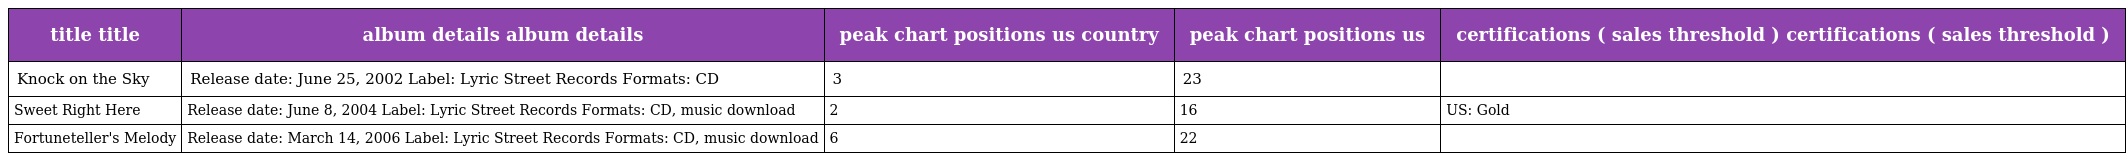
| title title | album details album details | peak chart positions us country | peak chart positions us | certifications ( sales threshold ) certifications ( sales threshold ) |
 | --- | --- | --- | --- | --- |
 | Knock on the Sky | Release date: June 25, 2002 Label: Lyric Street Records Formats: CD | 3 | 23 |  |
 | Sweet Right Here | Release date: June 8, 2004 Label: Lyric Street Records Formats: CD, music download | 2 | 16 | US: Gold |
 | Fortuneteller's Melody | Release date: March 14, 2006 Label: Lyric Street Records Formats: CD, music download | 6 | 22 |  |